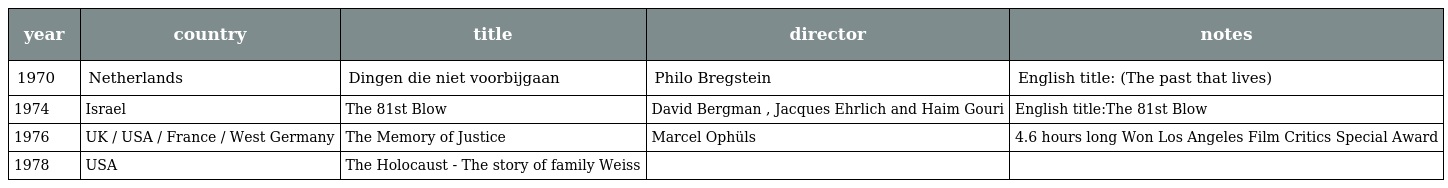
| year | country | title | director | notes |
 | --- | --- | --- | --- | --- |
 | 1970 | Netherlands | Dingen die niet voorbijgaan | Philo Bregstein | English title: (The past that lives) |
 | 1974 | Israel | The 81st Blow | David Bergman , Jacques Ehrlich and Haim Gouri | English title:The 81st Blow |
 | 1976 | UK / USA / France / West Germany | The Memory of Justice | Marcel Ophüls | 4.6 hours long Won Los Angeles Film Critics Special Award |
 | 1978 | USA | The Holocaust - The story of family Weiss |  |  |